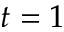
t = 1